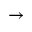
\rightarrow